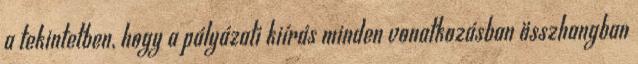
a tekintetben, hogy a pályázati kiírás minden vonatkozásban összhangban